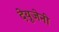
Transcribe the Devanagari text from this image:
देयूजेनी